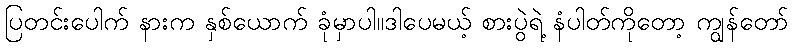
ပြတင်းပေါက် နားက နှစ်ယောက် ခုံမှာပါ။ဒါပေမယ့် စားပွဲရဲ့ နံပါတ်ကိုတော့ ကျွန်တော်